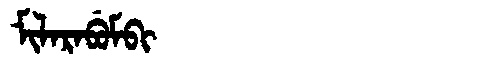
Manchu: ᠮᡳᠯᠠᡵᠠᠪᡠᠮᠪᡳ
Romanization: MILARABUMBI